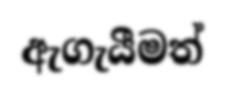
ඇගැයීමත්